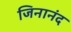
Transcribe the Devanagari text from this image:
जिनानंद